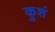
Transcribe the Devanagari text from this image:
कुशं